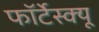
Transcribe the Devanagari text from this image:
फॉर्टेस्क्यू